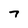
Character: 7